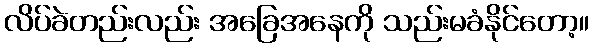
လိပ်ခဲတည်းလည်း အခြေအနေကို သည်းမခံနိုင်တော့။